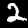
Label: 2